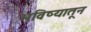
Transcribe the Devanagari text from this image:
भविष्यातून